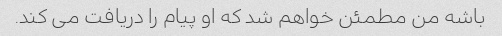
باشه من مطمئن خواهم شد که او پیام را دریافت می کند.